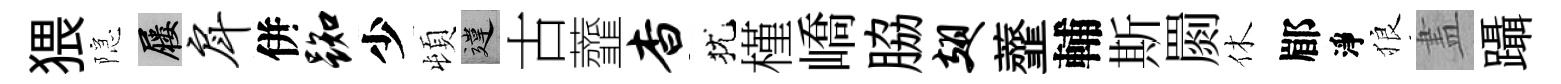
猥隠屨戽併踟少頓違古虀杳犹槿嶠脇翅虀輔斯罽休郿淨狼𥁞躡